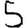
Digit: 5